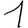
Digit: 1